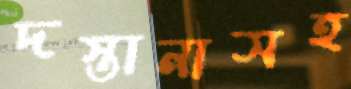
দস্তানাসহ